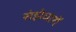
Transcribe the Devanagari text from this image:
संझेधारों